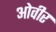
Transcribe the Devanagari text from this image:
ओवीर